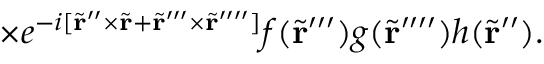
\times e ^ { - { i } [ \tilde { \bf r } ^ { \prime \prime } \times \tilde { \bf r } + \tilde { \bf r } ^ { \prime \prime \prime } \times \tilde { \bf r } ^ { \prime \prime \prime \prime } ] } f ( \tilde { \bf r } ^ { \prime \prime \prime } ) g ( \tilde { \bf r } ^ { \prime \prime \prime \prime } ) h ( \tilde { \bf r } ^ { \prime \prime } ) .